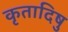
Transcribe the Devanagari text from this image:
कृतादिषु